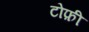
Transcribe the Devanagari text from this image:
टोफ़ी